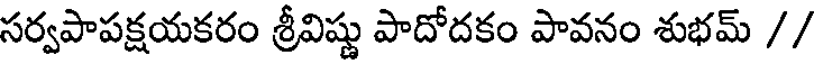
సర్వపాపక్షయకరం శ్రీవిష్ణు పాదోదకం పావనం శుభమ్ //